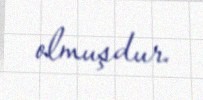
olmuşdur.